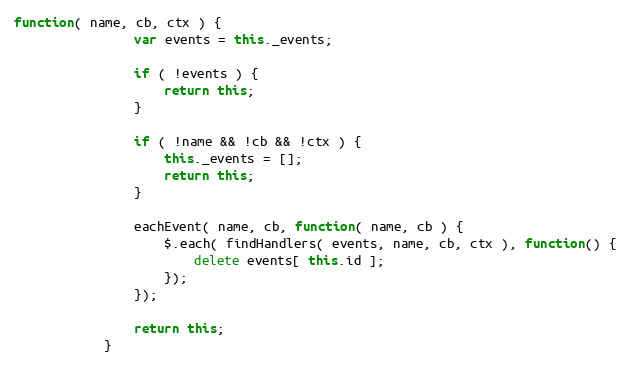
Language: JavaScript
function( name, cb, ctx ) {
                var events = this._events;

                if ( !events ) {
                    return this;
                }

                if ( !name && !cb && !ctx ) {
                    this._events = [];
                    return this;
                }

                eachEvent( name, cb, function( name, cb ) {
                    $.each( findHandlers( events, name, cb, ctx ), function() {
                        delete events[ this.id ];
                    });
                });

                return this;
            }